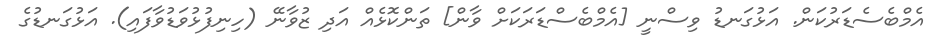
އެމްބެސެޑަރުކަން. އަޅުގަނޑު ވިސްނީ [އެމްބެސްޑަރަކަށް ވާން] ތަންކޮޅެއް އަދި ޒުވާނޭ (ހިނިފުޅުވަޑުވާފައި). އަޅުގަނޑުގެ